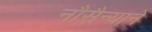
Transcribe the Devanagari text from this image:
नौसैन्याने